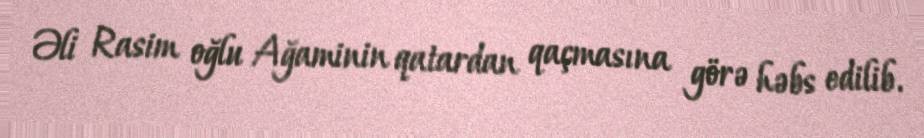
Əli Rasim oğlu Ağaminin qatardan qaçmasına görə həbs edilib.